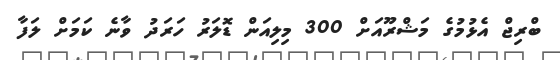
ބްރިޖް އެޅުމުގެ މަޝްރޫއަށް 300 މިލިއަން ޑޮލަރު ހަރަދު ވާނެ ކަމަށް ލަފާ